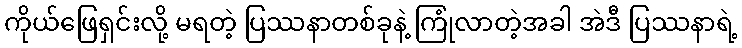
ကိုယ်ဖြေရှင်းလို့ မရတဲ့ ပြဿနာတစ်ခုနဲ့ ကြုံလာတဲ့အခါ အဲဒီ ပြဿနာရဲ့